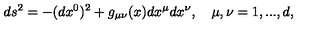
d s ^ { 2 } = - ( d x ^ { 0 } ) ^ { 2 } + g _ { \mu \nu } ( x ) d x ^ { \mu } d x ^ { \nu } , \quad \mu , \nu = 1 , . . . , d ,